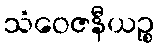
သံဝေဇနီယဉ္စ